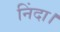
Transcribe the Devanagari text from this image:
निंदा।